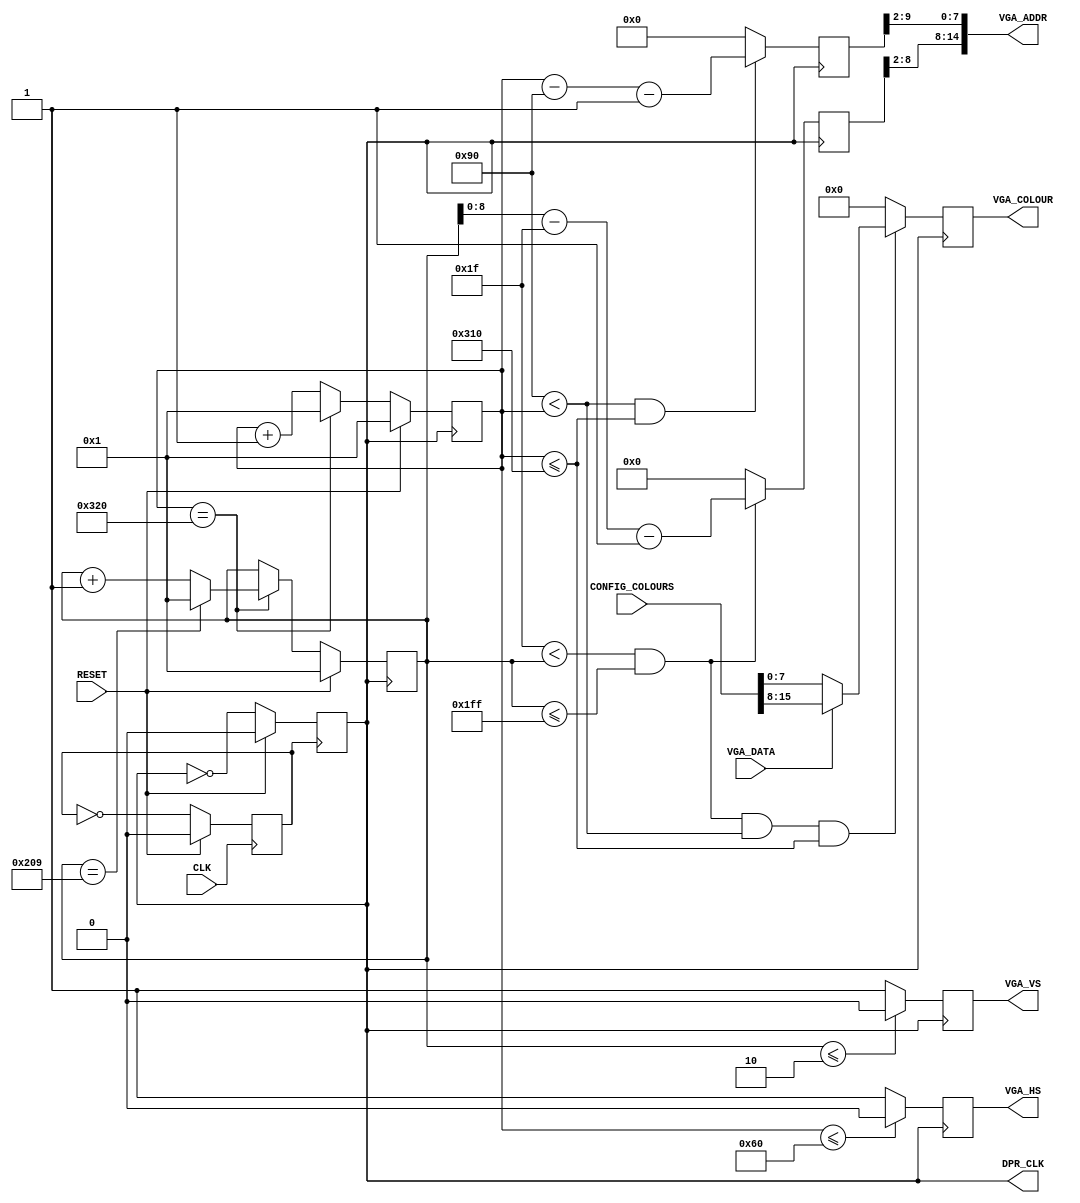
`timescale 1ns / 1ps

module VGA_Sig_Gen(
    input CLK,
    input RESET,
    // Colour Configuration Interface
    input [15:0] CONFIG_COLOURS,
    // Frame Buffer (Dual Port Memory) Interface   
    output DPR_CLK,   
    output [14:0] VGA_ADDR,
    input VGA_DATA,
    // VGA Port Interface
    output reg VGA_HS,
    output reg VGA_VS,
    output [7:0] VGA_COLOUR
    );
    
    // Convert the 100MHz CLK to a 25MHZ clock to drive the VGA display
    // Create two clocks, one is to divide 100MHz by 2, and the other is to divide 100MHz by 4 
    reg clk_div2;
    reg clk_div4; 
    
    // Initialization of these two clocks
    initial 
    begin 
         clk_div2 = 0;
         clk_div4 = 0;
    end
    
    // Firstly, divide the 100MHz CLK by 2
    // Thus, the clk_div2 is 50MHz
    always@(posedge CLK) 
    begin
         if (RESET)
             clk_div2 <= 0;
         else
             clk_div2 <= ~clk_div2;                          
    end
    
    // Then, assign the value of clk_div2 to clk_div4
    // Thus, the clk_div4 is 25MHz
    // And this clock can be used to drive the VGA display 
    always@(posedge clk_div2) 
    begin
         if (RESET)
             clk_div4 <= 0;
        else 
             clk_div4 <= ~clk_div4;          
    end
       
    
    // Define the VGA signal parameters corresponding to the horizontal display time
    parameter HTs    = 800;        // Total Horizontal Sync Pulse Time
    parameter HTpw   = 96;         // Horizontal Pulse Width Time
    parameter HTDisp = 640;        // Horizontal Display Time
    parameter Hbp    = 48;         // Horizontal Back Porch Time
    parameter Hfp    = 16;         // Horizontal Front Porch Time 
    
    // Define the VGA signal parameters corresponding to the vertical display time
    parameter VTs    = 521;        // Total Vertical Sync Pulse Time
    parameter VTpw   = 2;          // Vertical Pulse Width Time
    parameter VTDisp = 480;        // Vertical Display Time
    parameter Vbp    = 29;         // Vertical Back Porch Time
    parameter Vfp    = 10;         // Vertical Front Porch Time    
    
    // Time in horizontal lines 
    parameter HorzTimeToPulseWidthEnd  = 10'd96;    // 96 pulses are needed for the horizontal sync signal to be sent
    parameter HorzTimeToBackPorchEnd   = 10'd144;   // 144 pulses are needed for the electron gun to go to the beginning at the next line
    parameter HorzTimeToDisplayTimeEnd = 10'd784;   // 784 pulses are needed for the pattern to be displayed
    parameter HorzTimeToFrontPorchEnd  = 10'd800;   // 800 pulses are needed to wait for the horizontal sync signal to be sent (and it hasn't been sent yet)
      
    // Time in vertical lines
    parameter VertTimeToPulseWidthEnd  = 10'd2;     // 2 pulses are needed for the vertical sync signal to be sent
    parameter VertTimeToBackPorchEnd   = 10'd31;    // 31 pulses are needed for the electron gun to go to the beginning at the first line (the left upper corner of the screen)
    parameter VertTimeToDisplayTimeEnd = 10'd511;   // 511 pulses are needed for the pattern to be displayed
    parameter VertTimeToFrontPorchEnd  = 10'd521;   // 521 pulses are needed to wait for the vertical sync signal to be sent (and it hasn't been sent yet)

    
    // Define horizontal and vertical counters to generate VGA signals
    reg [9:0] HCounter;
    reg [9:0] VCounter;
    
    //Define two registers to store data of horizontal and vertical addresses
    reg [9:0] HAddr;
    reg [9:0] VAddr;
    
    // Initialization of these two counters
    // Set the initial values to be 1 to meet requirements of different scan conditions.
    // Otherwise, we can subtract 1 from all of above parameters to make the number of pulses correct..
    initial
    begin
    HCounter <= 1;
    VCounter <= 1;
    end
    
    always@(posedge clk_div4) 
    begin
         if (RESET)
             HCounter <= 1;
         else 
             begin
                  if (HCounter == HTs)                      // If the device covers total horizontal sync pulse time, reset it
                      HCounter <= 1;
                  else
                      HCounter <= HCounter + 1;             // If not, continue to add 1 to the horizontal counter
             end
    end
    
    always@(posedge clk_div4) 
    begin
         if (RESET)
             VCounter <= 1;
         else 
             begin
                  if (HCounter == HTs)                      // The requirement of vertical scan is completing the horizontal scan
                  begin
                       if (VCounter == VTs)                 // If the device covers total vertical sync pulse time, reset it
                           VCounter <= 1;
                       else                                 // If not, continue to add 1 to the vertical counter
                           VCounter <= VCounter + 1;
                  end
             end
    end
    
    
    assign DPR_CLK  = clk_div4;                          
    assign VGA_ADDR = {VAddr[8:2], HAddr[9:2]};            // Concatenate and tie the look ahead address to buffer address
    
    reg [7:0] COLOUR_REG;    
                  
    always@(posedge clk_div4) 
    begin  
    
    // Set the HS signal to be 0 when the HCounter is less than the width of the sync pulse
    // Set the HS signal to be high everywhere else
         if (HCounter <= HorzTimeToPulseWidthEnd)
             VGA_HS <= 0;
         else
             VGA_HS <= 1;
    
    
     // Set the VS signal to be 0 when the VCounter is less than the width of the sync pulse
     // Set the VS signal to be high everywhere else
         if (VCounter <= VertTimeToPulseWidthEnd)
             VGA_VS <= 0;
         else
             VGA_VS <= 1;
    
    // If both HCounter and VCounter are between their display ranges, the VGA_COLOUR signal should take the value of the CONFIG_COLOURS
    // That is, HCounter is between HbpEnd and HTDispEnd, and VCounter is between VbpEnd and VTDispEnd
    // If not, set the VGA_COLOUR to be 0 
    
         if ((VertTimeToBackPorchEnd < VCounter) && (VCounter <= VertTimeToDisplayTimeEnd) && (HorzTimeToBackPorchEnd < HCounter) &&(HCounter <= HorzTimeToDisplayTimeEnd))
              begin
                   if (VGA_DATA) 
                       COLOUR_REG <= CONFIG_COLOURS[15:8]; 
                   else 
                       COLOUR_REG <= CONFIG_COLOURS[7:0];
              end
         else          
              COLOUR_REG <=8'b0;   
        
    
     // Decode the addresses of pixels from HCounter and VCounter
     // If the HCounter is within the display range, the horizontal address should increment at the same speed as the HCounter
     // That is, HCounter is between HbpEnd and HTDispEnd, and the address is count from HbpEnd (0) to HTDispEnd (HTDispEnd - HbpEnd)
     // If not, set the address to 0              
         if ((HorzTimeToBackPorchEnd < HCounter) && (HCounter <= HorzTimeToDisplayTimeEnd))
              HAddr <= HCounter - HorzTimeToBackPorchEnd-1;            
         else 
              HAddr <= 0;
     
 
     // If the VCounter is within the display range, the vertical address should increment at the same speed as the VCounter
     // That is, VCounter is between VbpEnd and VTDispEnd, and the address is count from VbpEnd (0) to VTDispEnd (VTDispEnd - VbpEnd)
     // If not, set the address to 0   
     
         if ((VertTimeToBackPorchEnd < VCounter) && (VCounter <= VertTimeToDisplayTimeEnd))
              VAddr <= VCounter - VertTimeToBackPorchEnd-1;
         else
              VAddr <= 0;

    
    end
    

    
    assign VGA_COLOUR = COLOUR_REG;
    
    
endmodule